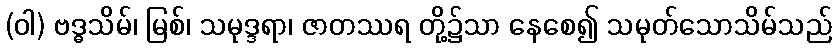
(ဝါ) ဗဒ္ဓသိမ်၊ မြစ်၊ သမုဒ္ဒရာ၊ ဇာတဿရ တို့၌သာ နေစေ၍ သမုတ်သောသိမ်သည်